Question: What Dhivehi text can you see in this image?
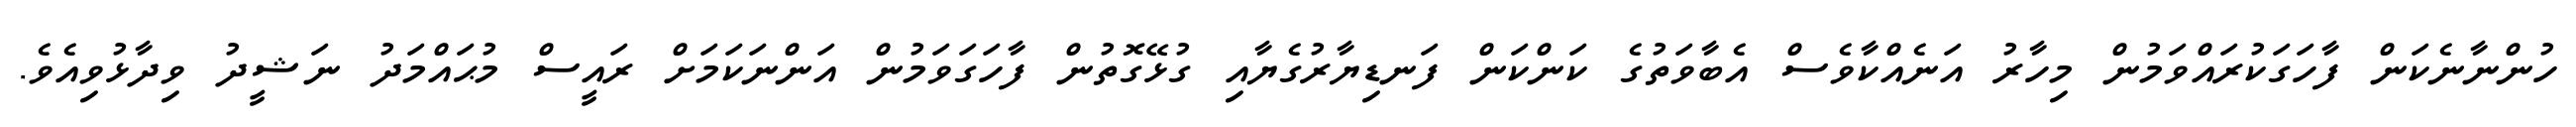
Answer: ހުންނާނެކަން ފާހަގަކުރައްވަމުން މިހާރު އަނެއްކާވެސް އެބާވަތުގެ ކަންކަން ފަނޑިޔާރުގެޔާއި ގުޅޭގޮތުން ފާހަގަވަމުން އަންނަކަމަށް ރައީސް މުޙައްމަދު ނަޝީދު ވިދާޅުވިއެވެ.